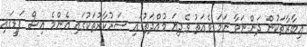
އިބާރާތަކުން ދަންނަވާ ނަމަ ވެއަތު ވެދިޔަ މުއްދަތުގައި ސަރުކާރުތަކުގައި އެންމެ އިސް ފަޑީގައި